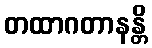
တထာဂတာနန္တိ